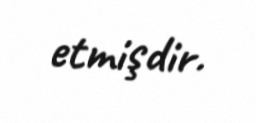
etmişdir.